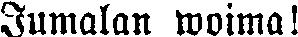
Jumalan woima!